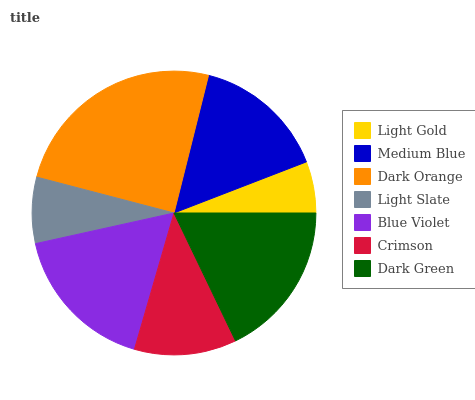
| Light Gold | Medium Blue | Dark Orange | Light Slate | Blue Violet | Crimson | Dark Green |
 | --- | --- | --- | --- | --- | --- | --- |
 | 5.86% | 15.2% | 24.8% | 7.53% | 17% | 11.6% | 17.8% |